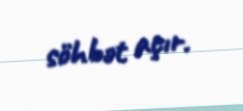
söhbət açır.